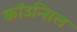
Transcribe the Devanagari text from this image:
कॉउन्सिल